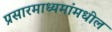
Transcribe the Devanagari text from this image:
प्रसारमाध्‍यमांमधील